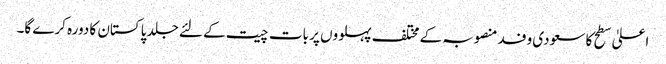
اعلیٰ سطح کا سعودی وفد منصوبہ کے مختلف پہلووں پر بات چیت کے لئے جلد پاکستان کا دورہ کرے گا۔